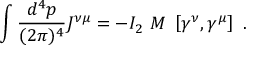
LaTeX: \int { \frac { d ^ { 4 } p } { ( 2 \pi ) ^ { 4 } } } { \cal J } ^ { \nu \mu } = - I _ { 2 } \ M \ \left[ \gamma ^ { \nu } , \gamma ^ { \mu } \right] \ .